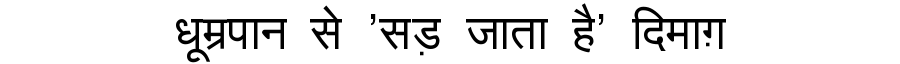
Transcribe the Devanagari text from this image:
धूम्रपान से 'सड़ जाता है' दिमाग़